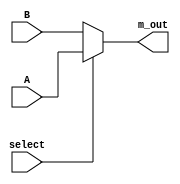
module mux_2_x_1_beh( A,B,select,m_out );
    input A,B,select;
    output reg m_out;//why reg with output ??
    always @(A,B,select) begin//procedural block
        // m_out <= select ? A:B;//sequential statement; but connverted to concurrent using non-blocking assignment
        if (select==1) m_out = A;//---_-->blocking assignment; statements will be treated as sequential
        else m_out = B;          //--/
    end
endmodule